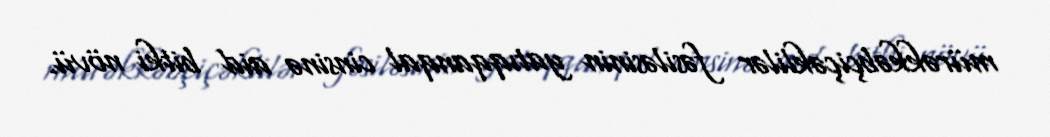
mürəkkəbçiçəklilər fəsiləsinin yatıqqanqal cinsinə aid bitki növü.